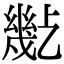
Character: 𢇒